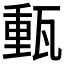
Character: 𤭮